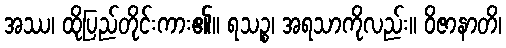
အဿ၊ ထိုပြည်တိုင်းကား၏။ ရသဉ္စ၊ အရသာကိုလည်း။ ဝိဇာနာတိ၊